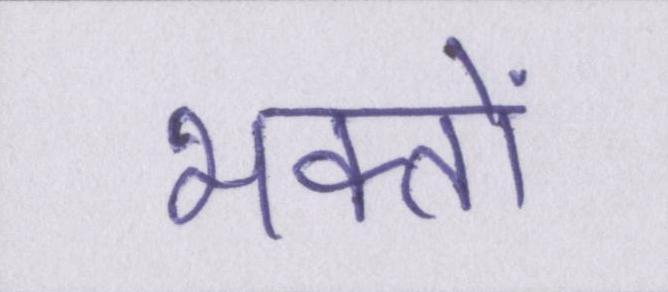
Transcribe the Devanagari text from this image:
भक्तों